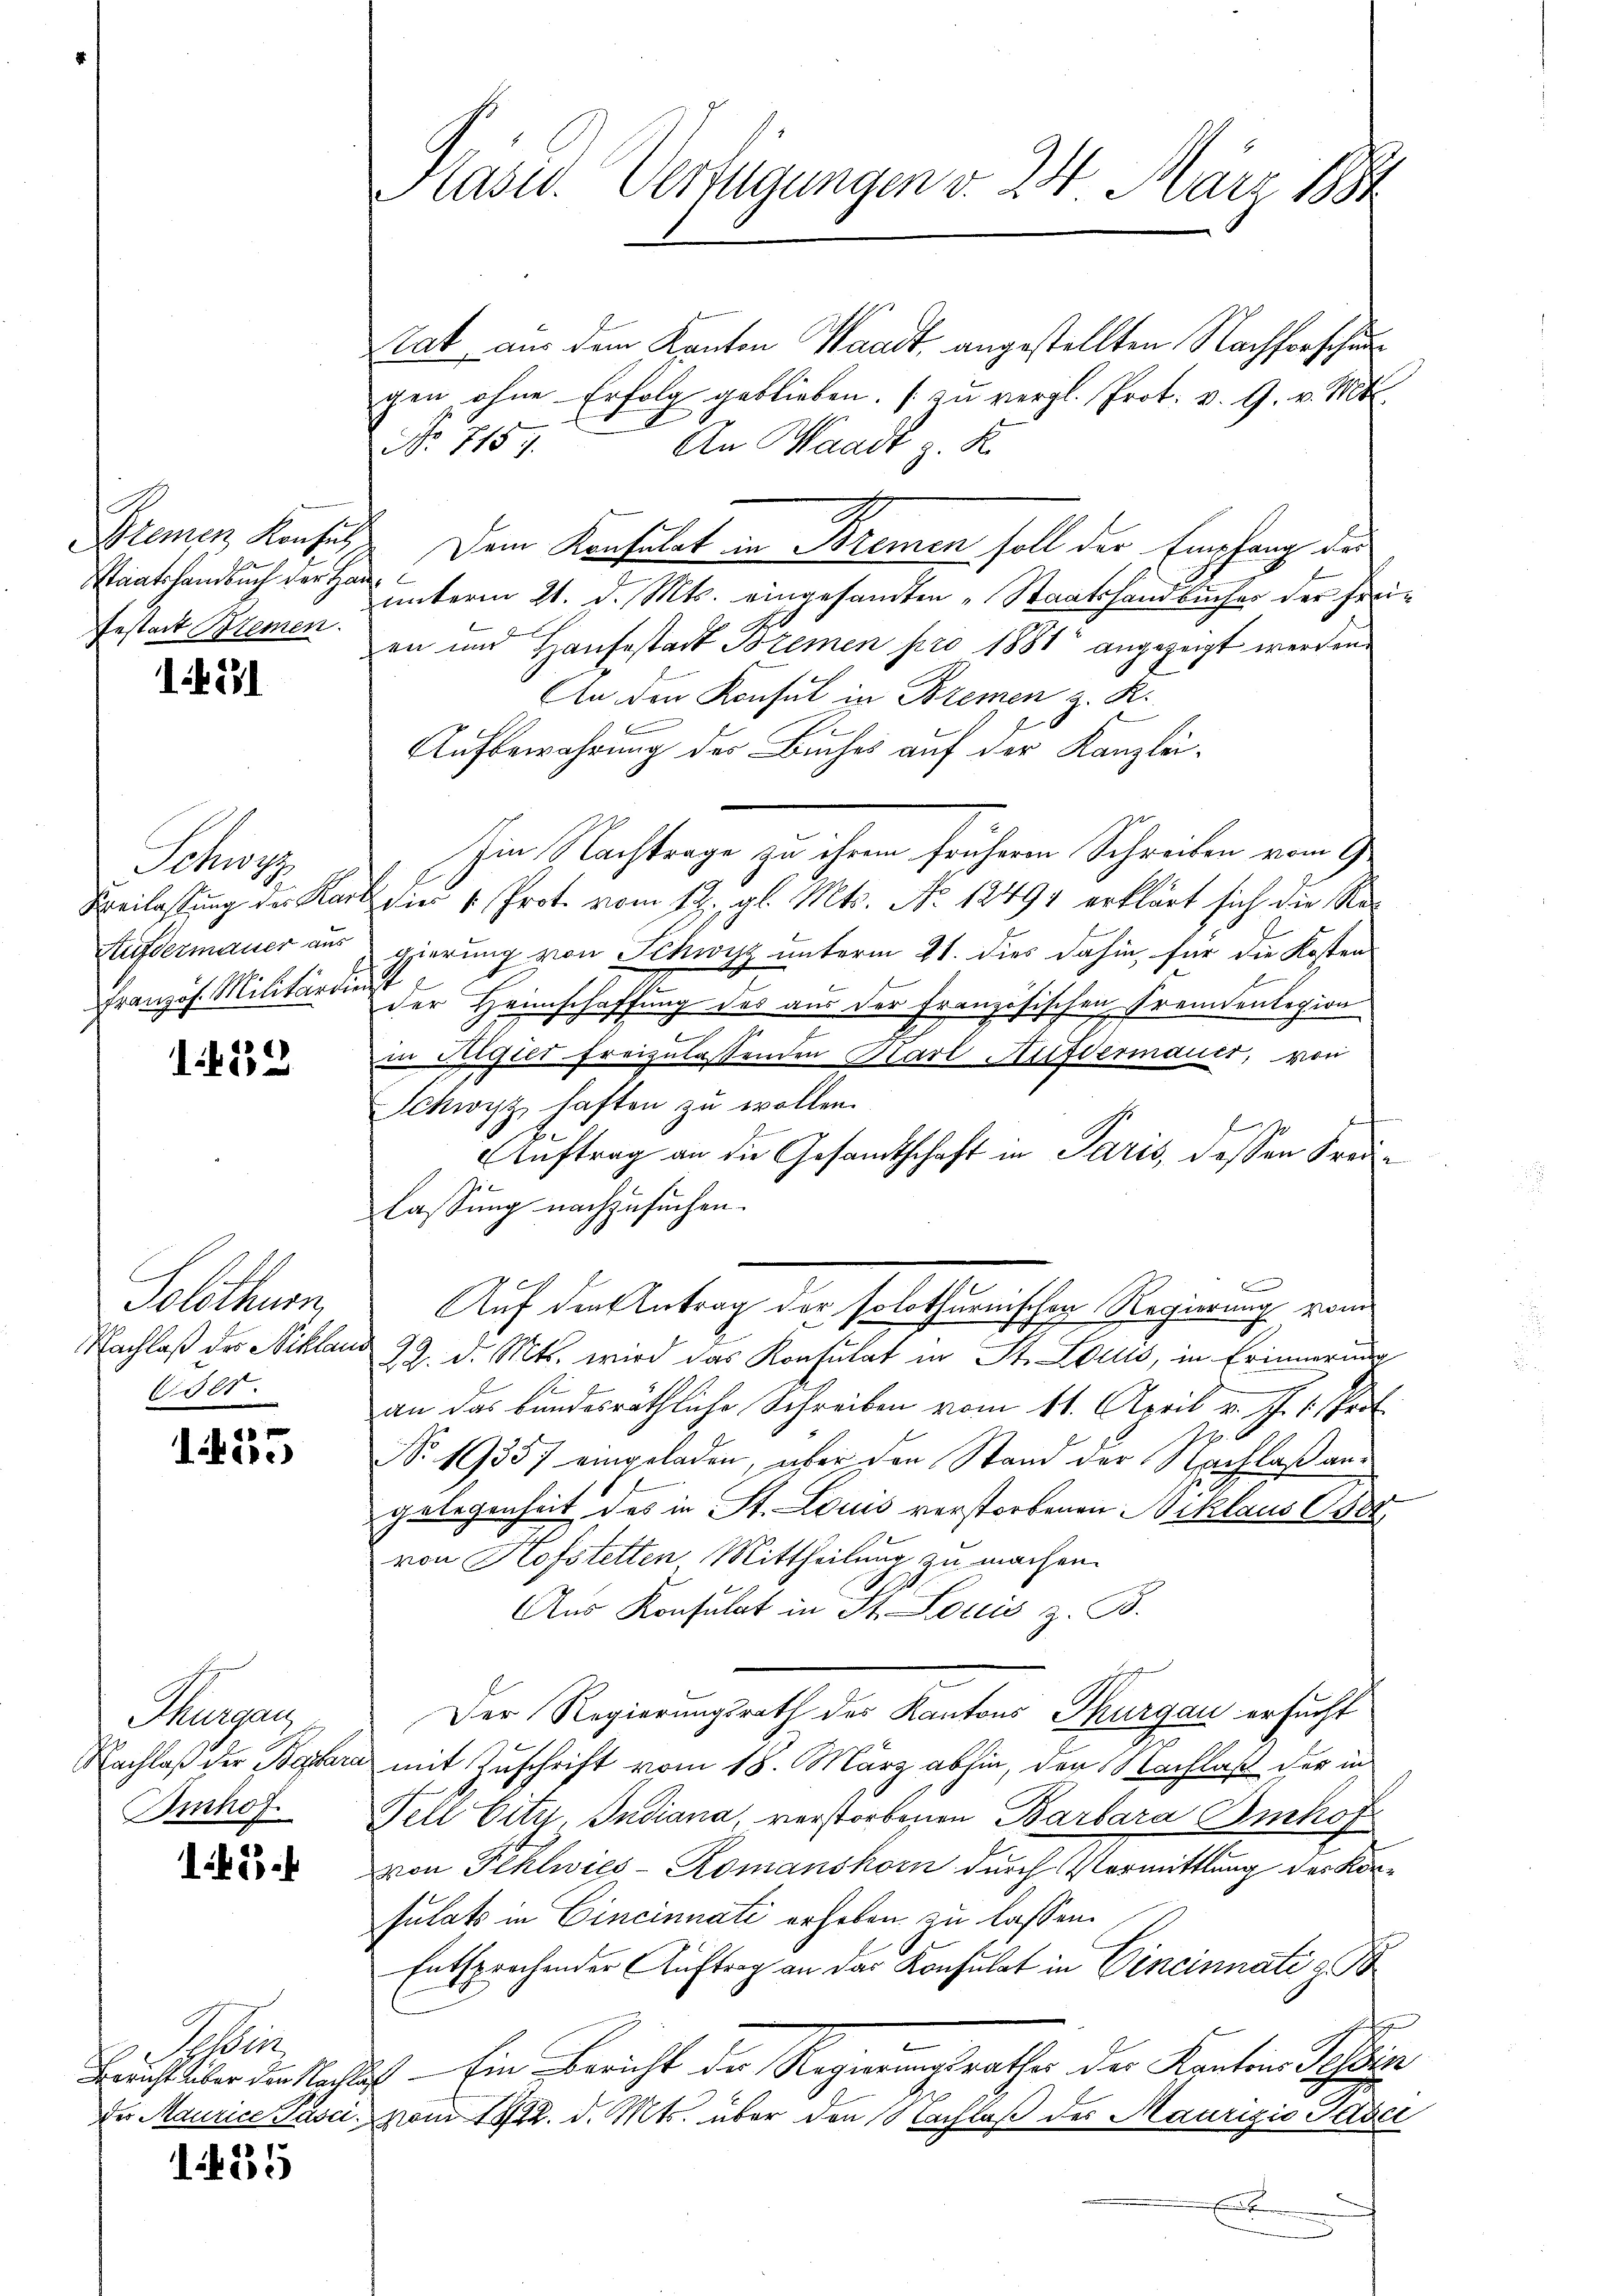
Bremen Konsul
Staatshandbuch der Han¬
Gestatt Bremen.

1271

Schwy
Beilassung der Kari
Aufdermauer aus
Französ. Militärdie

1. 532

C
Solothurn,
NNachlaß des Niklau
Colt.

1
I. Bere

aegers
Nachlaß der Bestera
Bmhof

15.

Se
Bericht über den Nacht
Der Maurice Pasci

1535

Präsid. Verfügungen v. 24. März 1884

tat, aus dem Kanton Waadt, angestellten Nachforschu
gen ohne Erfolg geblieben. (zu vergl. Prot. v. G. v. Mts.
No 1157.
An Waadt z. R.
Dem Konfulat in Bremen soll der Empfang des
unterm 21. d. Mts. eingesandten „Staatshandbücher der freien und Hausestadt Bremen pro 1881 angezeigt werden.
An den Konsul in Bremen z. R.
Aufbewahrung des Buches auf der Kanzlei¬
Iin Nachträge zu ihrem früheren Schreiben vom 9
dies k. Prote vom 12. gl. Mts. No 12491 erklärt sich die Regierung von Schwyz unterm 21. dies dahin, für die Kosten
der Heimschaffung des aus der Französischen Fremdenlegion
.
in Stigier freizulassenden Karl Hufdermauer, von
Schwyz haften zu wollen.
n
Auftrag an die Gesamtschaft in Paris, deßen Freilassung nachzusuchen.
Auf den Antrag der solothurmschen Regierung vom
22. d. Mts. wird das Konsulat in St. Lotus, in Erinnerung
an das bundesräthliche Schreiben vom 11. April v. J. 1. Pro
No. 19357 eingeladen, aber den Stand der Nachlaßang
gelegenheit des in St. Louis verstorbenen Niklaus der
von Hofstetten Mittheilung zu machen.
Aus Konsulat in St. Louis z. B.
Der Regierungsrath des Kantons Thurgau ersucht
mit Zuschrift vom 18. März abhin, der Nachlaß der in
Fell bitz. Indiana, verstorbenen Barbara Imhof
von Fehlwies - Romanshorn durch Vormittlung des Konsulats in Cincinnati erheben zu lassen.
Entsprechender Auftrag an das Konsulat in Cincinnati z
e
2) Ein Bericht der Regierungsrathes der Kantons Tessin
vom 1812. d. Mts. über den Nachlaß des Maurizio Pader
.